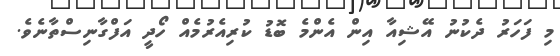
މި ފަހަރު ދެކުނު އޭޝިއާ އިން އެންމެ ބޮޑު ކުރިއެރުމެއް ހޯދީ އަފްގާނިސްތާނެެވެ.